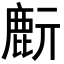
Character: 𪊔